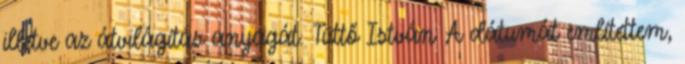
illetve az átvilágítás anyagát. Tüttő István: A dátumát említettem,